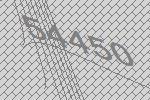
54450